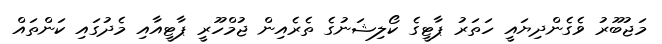
މަޖުބޫރު ވެގެންދިޔައީ ހަތަރު ޕާޓީގެ ކޯލިޝަނުގެ ތެރެެއިން ޖުމްހޫރީ ޕާޓީއާއި މެދުގައި ކަންތައް